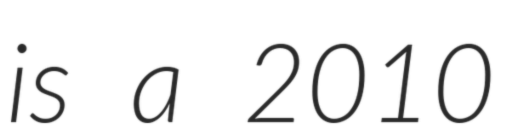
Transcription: is a 2010